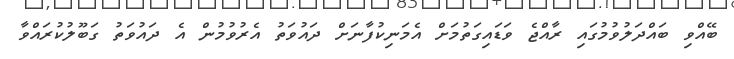
ބޭއްވި ބައްދަލުވުމުގައި ރާއްޖެ ވަޑައިގަތުމަށް އެމަނިކުފާނަށް ދައުވަތު އެރުވުމުން އެ ދައުވަތު ގަބޫލުކުރައްވާ